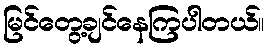
မြင်တွေ့ချင်နေကြပါတယ်။